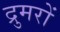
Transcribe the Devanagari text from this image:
द्रुमरों